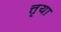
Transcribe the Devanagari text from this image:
त्तृया